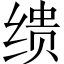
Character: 缋